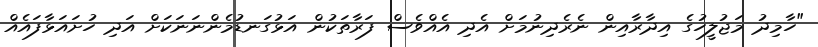
"ހާމިދު މަޖުލީހުގެ އިދާރާއިން ނެރެދިނުމަށް އެދި އެއްވެސް ފަރާތަކުން އަޅުގަނޑުމެންނަނަކަށް އަދި ހުށައަޅާފައެއް